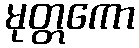
မုတ္တကော